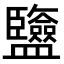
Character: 𥃡